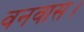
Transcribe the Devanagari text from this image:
वनवास।